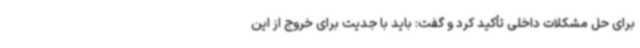
برای حل مشکلات داخلی تأکید کرد و گفت: باید با جدیت برای خروج از این